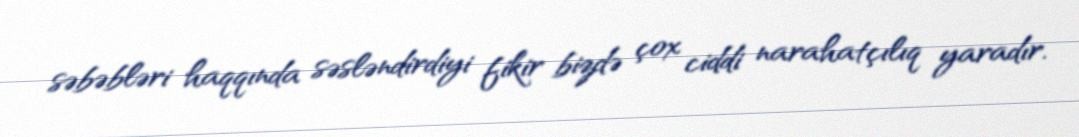
səbəbləri haqqında səsləndirdiyi fikir bizdə çox ciddi narahatçılıq yaradır.